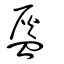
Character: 盔